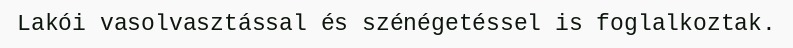
Lakói vasolvasztással és szénégetéssel is foglalkoztak.